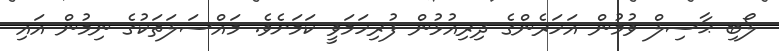
ލޯބި ޙާސިލް ވުމުން އަހަރެންގެ ދިރިއުޅުން ފުރިހަމަވީ ކަމަށެވެ. މައްސަލަތަކުގެ ނިމުން އައި